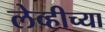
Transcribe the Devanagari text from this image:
लेव्हीच्या